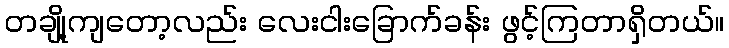
တချို့ကျတော့လည်း လေးငါးခြောက်ခန်း ဖွင့်ကြတာရှိတယ်။